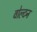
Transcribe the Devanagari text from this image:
वोल्टन